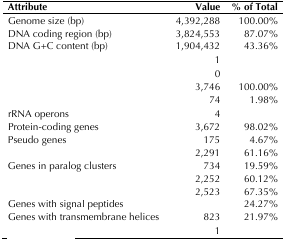
<table><thead><tr><td><b>Attribute</b></td><td><b>Value</b></td><td><b>% of Total</b></td></tr></thead><tbody><tr><td>Genome size (bp)</td><td>4,392,288</td><td>100.00%</td></tr><tr><td>DNA coding region (bp)</td><td>3,824,553</td><td>87.07%</td></tr><tr><td>DNA G+C content (bp)</td><td>1,904,432</td><td>43.36%</td></tr><tr><td>[EMPTY_CELL]</td><td>1</td><td>[EMPTY_CELL]</td></tr><tr><td>[EMPTY_CELL]</td><td>0</td><td>[EMPTY_CELL]</td></tr><tr><td>[EMPTY_CELL]</td><td>3,746</td><td>100.00%</td></tr><tr><td>[EMPTY_CELL]</td><td>74</td><td>1.98%</td></tr><tr><td>rRNA operons</td><td>4</td><td>[EMPTY_CELL]</td></tr><tr><td>Protein-coding genes</td><td>3,672</td><td>98.02%</td></tr><tr><td>Pseudo genes</td><td>175</td><td>4.67%</td></tr><tr><td>[EMPTY_CELL]</td><td>2,291</td><td>61.16%</td></tr><tr><td>Genes in paralog clusters</td><td>734</td><td>19.59%</td></tr><tr><td>[EMPTY_CELL]</td><td>2,252</td><td>60.12%</td></tr><tr><td>[EMPTY_CELL]</td><td>2,523</td><td>67.35%</td></tr><tr><td>Genes with signal peptides</td><td>[EMPTY_CELL]</td><td>24.27%</td></tr><tr><td>Genes with transmembrane helices</td><td>823</td><td>21.97%</td></tr><tr><td>[EMPTY_CELL]</td><td>1</td><td>[EMPTY_CELL]</td></tr></tbody></table>